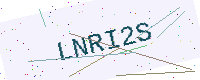
Text: LNRI2S